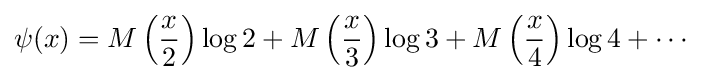
\psi (x)=M\left({\frac {x}{2}}\right)\log 2+M\left({\frac {x}{3}}\right)\log 3+M\left({\frac {x}{4}}\right)\log 4+\cdots